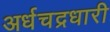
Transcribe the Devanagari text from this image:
अर्धचद्रधारी